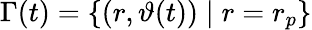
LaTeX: \Gamma(t)=\{ (r,\vartheta(t))\; \vert\; r=r_{p}\}